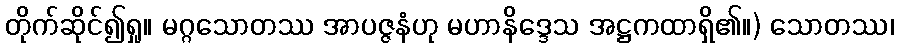
တိုက်ဆိုင်၍ရှု။ မဂ္ဂသောတဿ အာပဇ္ဇနံဟု မဟာနိဒ္ဒေသ အဋ္ဌကထာရှိ၏။) သောတဿ၊